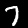
Label: 7